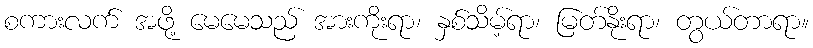
စကားလက် အဖို့ မေမေသည် အားကိုးရာ၊ နှစ်သိမ့်ရာ၊ မြတ်နိုးရာ၊ တွယ်တာရာ။